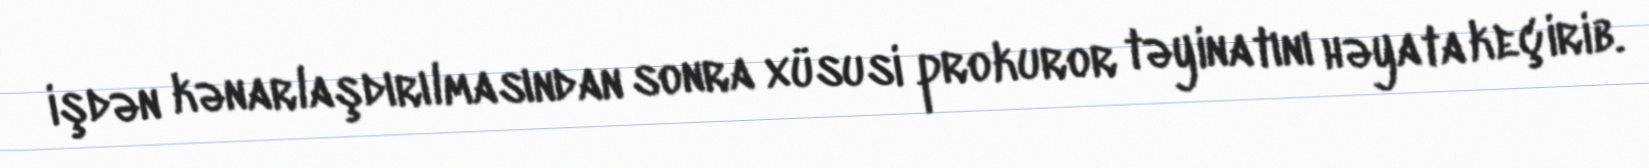
işdən kənarlaşdırılmasından sonra xüsusi prokuror təyinatını həyata keçirib.